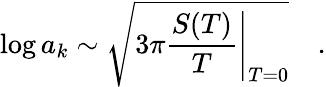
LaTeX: \log a_{k}\sim\sqrt{3\pi\left.\frac{S(T)}{T}\right|_{T=0}}\quad.